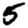
Digit: 5